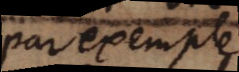
par exemple